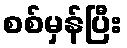
စစ်မှန်ပြီး